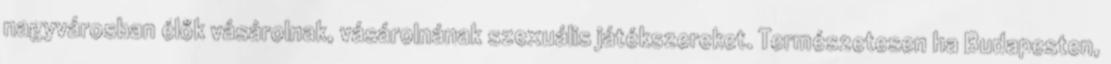
nagyvárosban élők vásárolnak, vásárolnának szexuális játékszereket. Természetesen ha Budapesten,